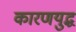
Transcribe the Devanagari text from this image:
कारणयुद्ध